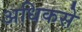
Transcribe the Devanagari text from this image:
अधिकसे